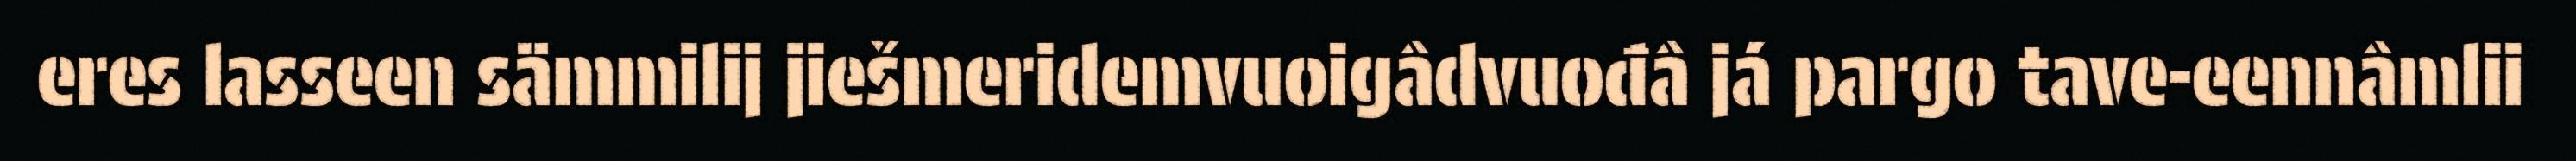
eres lasseen sämmilij jiešmeridemvuoigâdvuođâ já pargo tave-eennâmlii